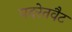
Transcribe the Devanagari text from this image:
पदरेतवैट